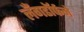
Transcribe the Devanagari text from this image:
लँगडॉर्फने